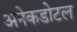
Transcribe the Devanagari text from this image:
अनेकडोटल